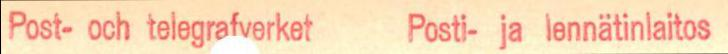
Post- och telegrafverket  Posti- ja lennätinlaitos